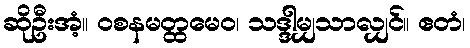
ဆိုဦးအံ့။ ဝစနမတ္ထမေဝ၊ သဒ္ဒါမျှသာလျှင်။ ဧတံ၊